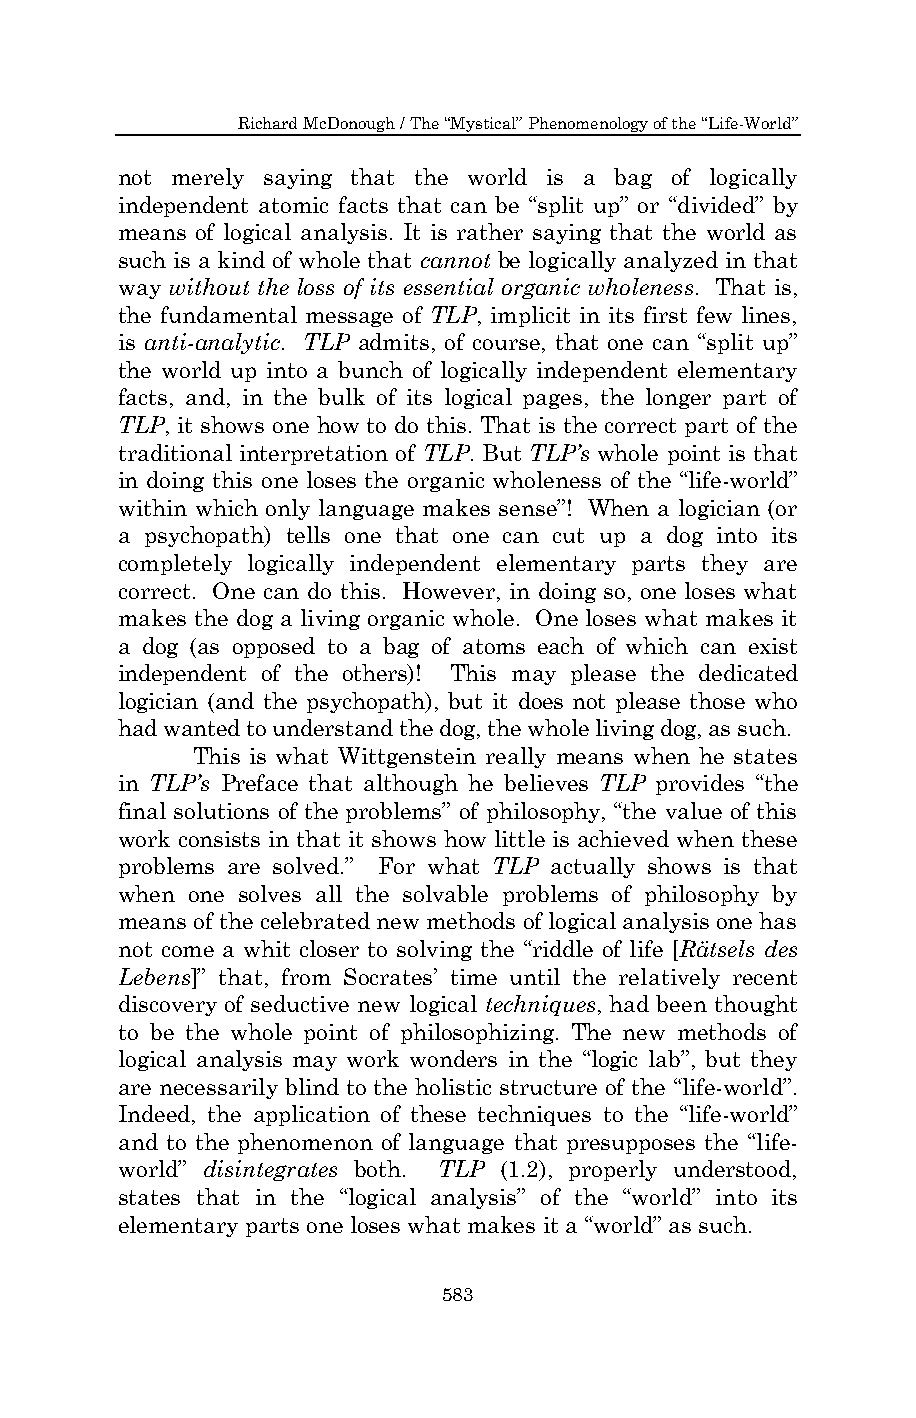
Richard McDonough / The “Mystical” Phenomenology of the “Life-World”
 not merely saying that the world is a bag of logically
 independent atomic facts that can be “split up” or “divided” by
 means of logical analysis. It is rather saying that the world as
 such is a kind of whole that cannot be logically analyzed in that
 way without the loss of its essential organic wholeness. That is,
 the fundamental message of TLP, implicit in its first few lines,
 is anti-analytic. TLP admits, of course, that one can “split up”
 the world up into a bunch of logically independent elementary
 facts, and, in the bulk of its logical pages, the longer part of
 TLP, it shows one how to do this. That is the correct part of the
 traditional interpretation of TLP. But TLP’s whole point is that
 in doing this one loses the organic wholeness of the “life-world”
 within which only language makes sense”! When a logician (or
 a psychopath) tells one that one can cut up a dog into its
 completely logically independent elementary parts they are
 correct. One can do this. However, in doing so, one loses what
 makes the dog a living organic whole. One loses what makes it
 a dog (as opposed to a bag of atoms each of which can exist
 independent of the others)! This may please the dedicated
 logician (and the psychopath), but it does not please those who
 had wanted to understand the dog, the whole living dog, as such.
 This is what Wittgenstein really means when he states
 in TLP’s Preface that although he believes TLP provides “the
 final solutions of the problems” of philosophy, “the value of this
 work consists in that it shows how little is achieved when these
 problems are solved.” For what TLP actually shows is that
 when one solves all the solvable problems of philosophy by
 means of the celebrated new methods of logical analysis one has
 not come a whit closer to solving the “riddle of life [Rätsels des
 Lebens]” that, from Socrates’ time until the relatively recent
 discovery of seductive new logical techniques, had been thought
 to be the whole point of philosophizing. The new methods of
 logical analysis may work wonders in the “logic lab”, but they
 are necessarily blind to the holistic structure of the “life-world”.
 Indeed, the application of these techniques to the “life-world”
 and to the phenomenon of language that presupposes the “life-
 world” disintegrates both. TLP (1.2), properly understood,
 states that in the “logical analysis” of the “world” into its
 elementary parts one loses what makes it a “world” as such.
 583